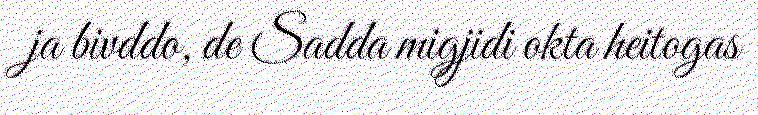
ja bivddo, de Sadda migjidi okta heitogas